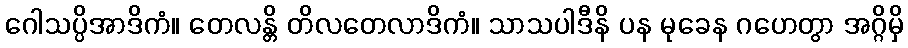
ဂေါသပ္ပိအာဒိကံ။ တေလန္တိ တိလတေလာဒိကံ။ သာသပါဒီနိ ပန မုခေန ဂဟေတွာ အဂ္ဂိမှိ